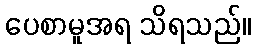
ပေစာမူအရ သိရသည်။